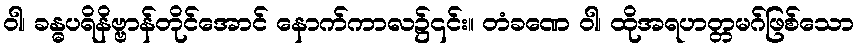
ဝါ၊ ခန္ဓပရိနိဗ္ဗာန်တိုင်အောင် နောက်ကာလ၌၎င်း။ တံခဏေ ဝါ၊ ထိုအရဟတ္တမဂ်ဖြစ်သော